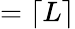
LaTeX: =\left\lceil L\right\rceil